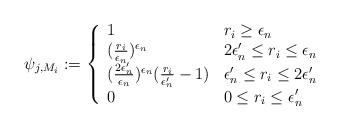
LaTeX: \begin{align*}\psi_{j,M_i}:= \left\{\begin{array}{ll}1 & r_i\geq \epsilon_n\\(\frac{r_i}{\epsilon_n})^{\epsilon_n} & 2\epsilon'_n\leq r_i\leq \epsilon_n\\(\frac{2\epsilon'_n}{\epsilon_n})^{\epsilon_n}(\frac{r_i}{\epsilon'_n}-1) & \epsilon'_n\leq r_i\leq 2\epsilon'_n\\0 & 0\leq r_i\leq \epsilon'_n\end{array}\right.\end{align*}